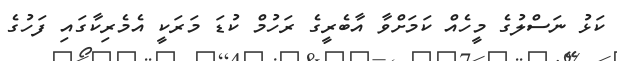
ކަޅު ނަސްލުގެ މީހެއް ކަމަށްވާ އާބެރީގެ ރަހުމް ކުޑަ މަރަކީ އެމެރިކާގައި ފަހުގެ